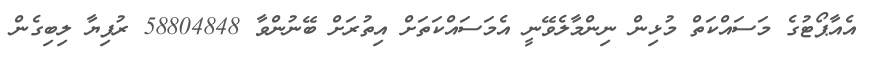
އެއާޕޯޓުގެ މަސައްކަތް މުޅިން ނިންމާލެވޭނީ އެމަސައްކަތަށް އިތުރަށް ބޭނުންވާ 58804848 ރުފިޔާ ލިބިގެން